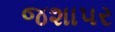
જશાપર